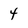
Character: 4